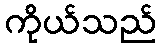
ကိုယ်သည်